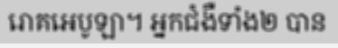
រោគអេបូឡា។ អ្នកជំងឺទាំង២ បាន